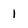
Character: 1